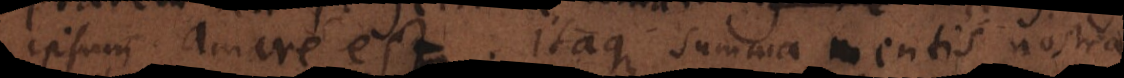
ipsum amare est. Itaque summa mentis nostrae